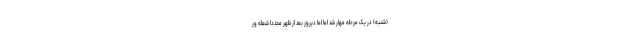
(شنبه) در یک مرحله مهار شد اما اما دیروز بعد از ظهر مجدداً شعله ور